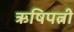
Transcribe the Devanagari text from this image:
ऋषिपत्नी